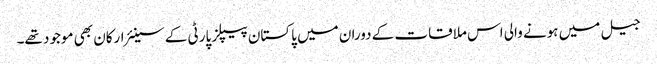
جیل میں ہونے والی اس ملاقات کے دوران میں پاکستان پیپلز پارٹی کے سینئر ارکان بھی موجود تھے۔